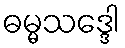
ဓမ္မသဒ္ဒေါ